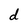
Character: d